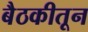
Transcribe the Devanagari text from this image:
बैठकीतून